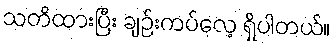
သတိထားပြီး ချဉ်းကပ်လေ့ ရှိပါတယ်။